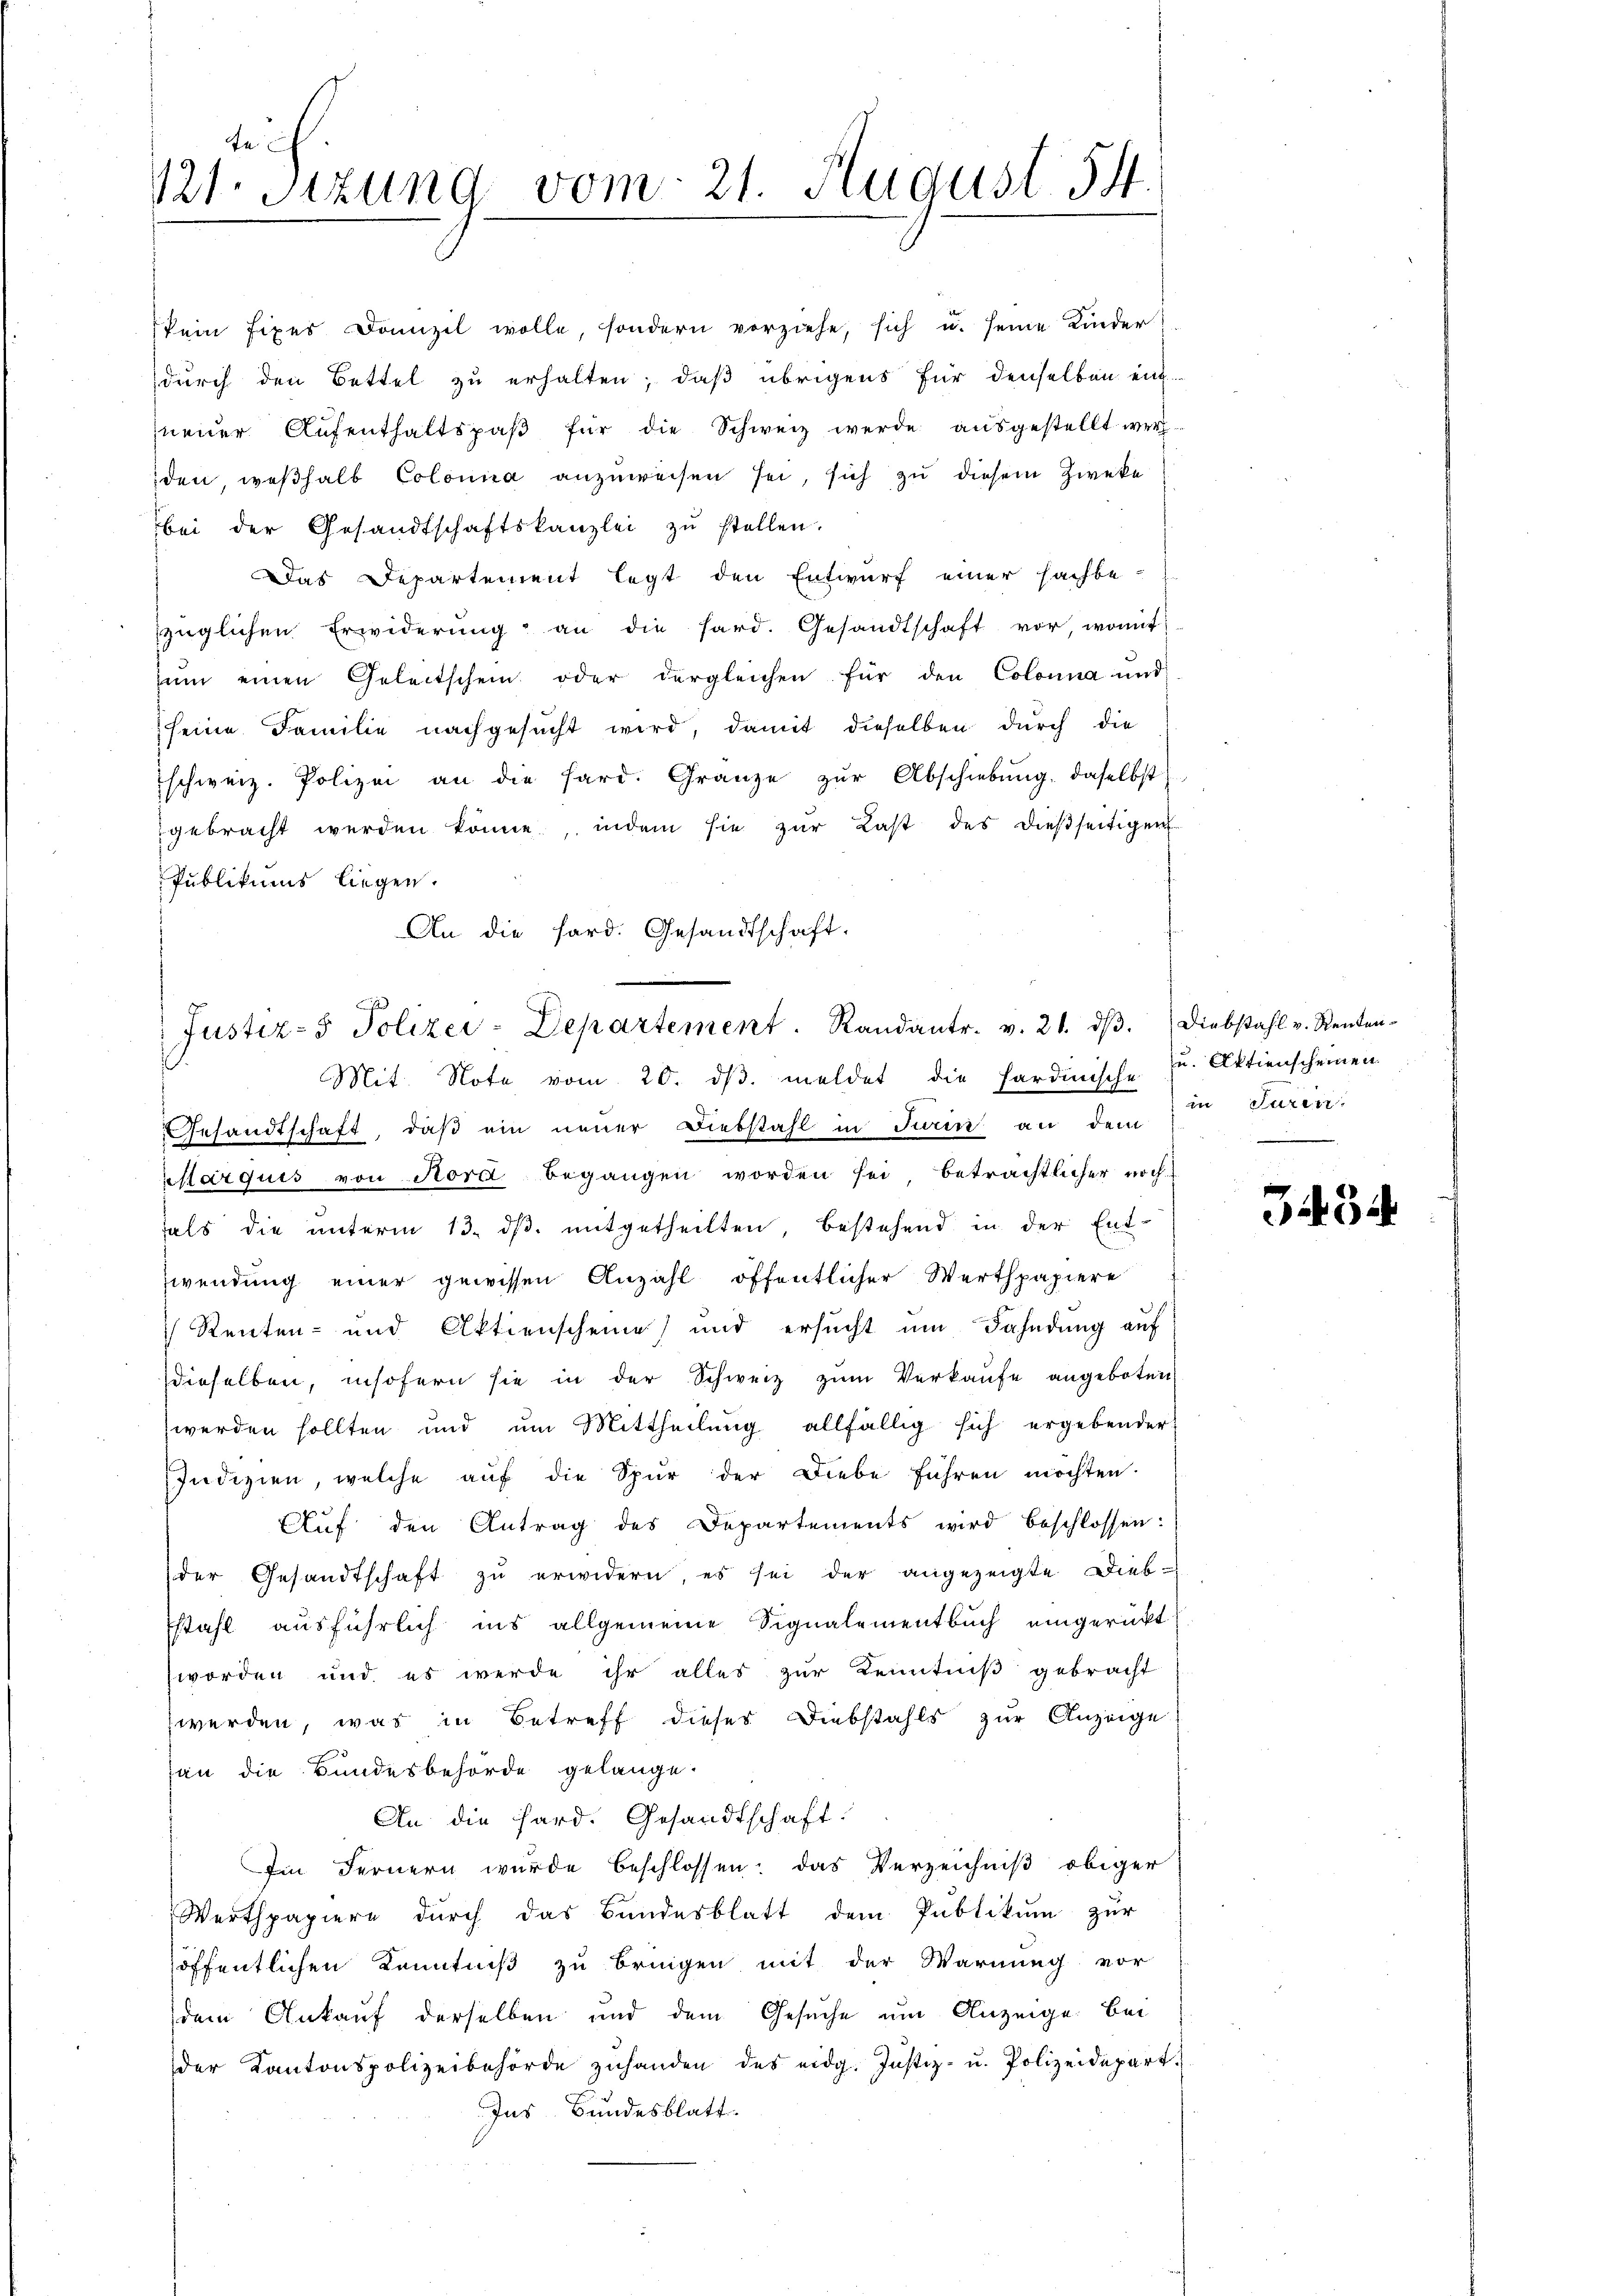
te
121. Sitzung vom 21. August 54.

kein fixes Domizil wolle, sondern vorziehe, sich u. seine Kinder
durch den Bettel zu erhalten; daß übrigens für denselben ent-
neuer Aufenthaltspaß für die Schweiz werde ausgestellt werden, weßhalb Colonia anzuweisen sei, sich zu diesem Zweke
bei der Gesandtschaftskanzlei zŭ stellen.
Das Departement legt den Entwurf einer sachbe-
züglichen Erwiderung an die Hard. Gesandtschaft vor, womit
zŭm einen Geleitschein oder dergleichen für den Colonna und
seine Familie nachgesucht wird, damit dieselben durch die
schweiz. Polizei an die hard. Gränze zŭr Abschiebung, daselbst
gebracht werden könne, indem sie zur Last des dießseitigen
Publikums liegen.
An die ford. Gesandtschaft.

Justiz- & Polizei-Departement. Randantr. v. 21. dβ. Diebstahl v. Renten-
Mit Note vom 20. dβ meldet die Fardinische u. Aktienscheinen

Gesandtschaft, daß ein neuer Diebstahl in Turin dem in Turin,
arquis von Rord begangen worden sei, beträchtlicher noch
fals die unterm 13. ds. mitgetheilten, bestehend in der Ent-
wendung einer gewissen Anzahl öffentlicher Werthpapiere
Renten- und Aktienscheine und ersŭcht ŭm Fahndung auf
dieselben, insofern sie in der Schweiz zŭm Verkaŭfe angeboten
werden sollten und um Mittheilung allfällig sich ergebender
Indizien, welche auf die Spur der Diebe führen möchten.
Auf den Antrag des Departements wird beschlossen:
der Gesandtschaft zŭ erwidern, es sei der angezeigte Dieb-
stahl ausführlich ins allgemeine Signalementbuch eingerückt
worden und es werde ihr alles zur Kenntniß gebracht
werden, was in Betreff dieses Diebstahls zur Anzeige
san die Bundesbehörde gelange.
An die Hard. Gesandtschaft:
Im Fernern wurde beschlossen; das Verzeichniß obiger
Werthpapiere durch das Bundesblatt dem Publikum zur
höffentlichen Kenntniß zu bringen mit der Warnung vor
dem Ankauf derselben und dem Gesuche um Anzeige bei
der Kantonspolizeibehörde zŭhanden des eidg. Justiz- u. Polizeidepart.
Ins Bundesblatt.

334